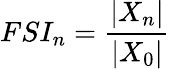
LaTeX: FSI_{n}=\frac{|X_{n}|}{|X_{0}|}